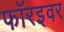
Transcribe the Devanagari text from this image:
फॉरइवर